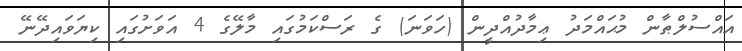
އައްސުލްޠާން މުޙައްމަދު ޢިމާދުއްދީން (ހަވަނަ) ގެ ރަސްކަމުގައި މާލޭގެ 4 އަވަށުގައި ކިޔަވައިދޭނޭ